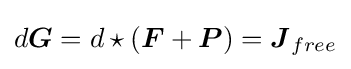
d{\boldsymbol {G}}=d\star ({\boldsymbol {F}}+{\boldsymbol {P}})={\boldsymbol {J}}_{free}